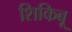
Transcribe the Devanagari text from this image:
शिकिबू